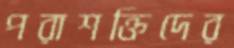
পরাশক্তিদের